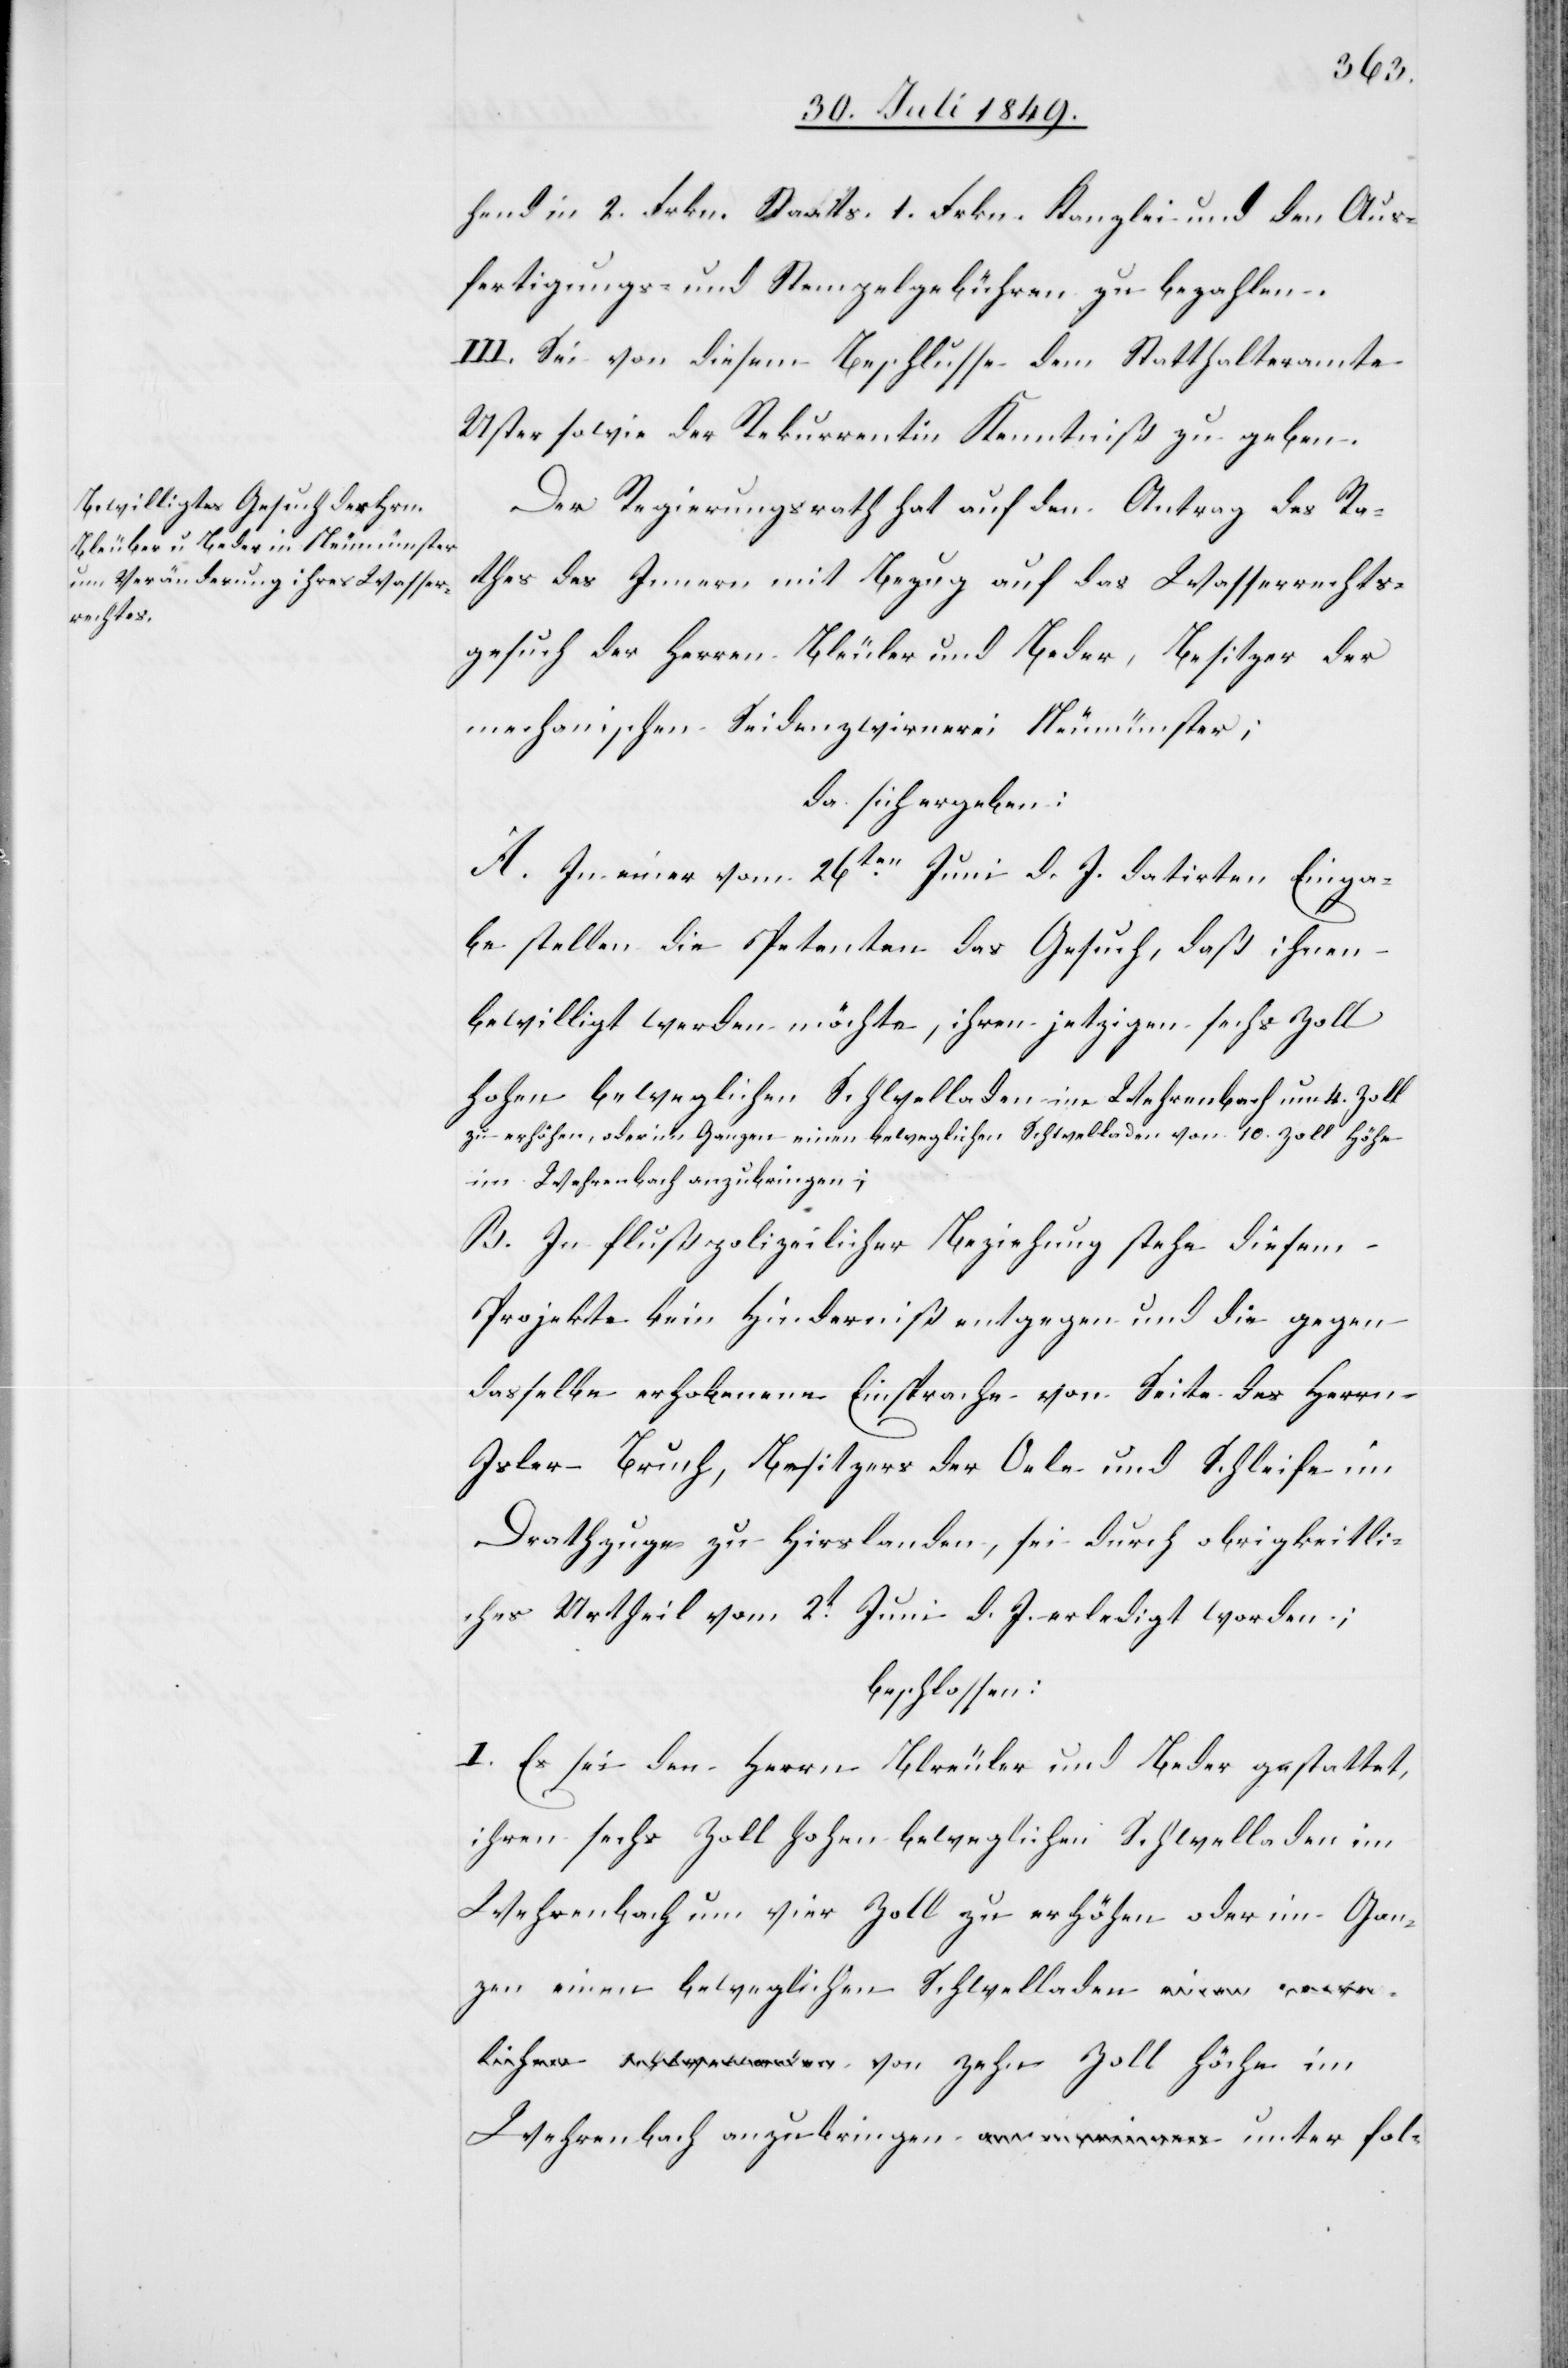
hend in 2. Frkn. Staats- 1. Frkn. Kanzlei und den Aus¬
fertigungs- und Stempelgebühren zu bezahlen.
III. Sei von diesem Beschlusse dem Statthalteramte
Uster sowie der Rekurrentin Kenntniß zu geben.
Der Regierungsrath hat auf den Antrag des Ra¬
thes des Innern mit Bezug auf das Wasserrechts¬
gesuch der Herren Bleuler [sic!] und Beder, Besitzer der
mechanischen Seidenzwirnerei Neumünster;
da sich ergeben:
A. In einer vom 26ten Juni d. J. datirten Einga¬
be stellen die Petenten das Gesuch, daß ihnen
bewilligt werden möchte, ihren jetzigen sechs Zoll
hohen beweglichen Schwelladen im Wehrenbach um 4. Zoll
zu erhöhen, oder im Ganzen einen beweglichen Schwelladen von 10. Zoll Höhe
im Wehrenbach anzubringen
B. In flußpolizeilicher Beziehung stehe diesem
Projekte beim Hinderniß entgegen und die gegen
dasselbe erhobene Einsprache von Seite des Herrn
Isler Bruch, Besitzer der Oele und Schleife im
Drathzuge zu Hirslanden, sei durch obrigkeitli¬
ches Urtheil vom 2t Juni d. J. erledigt worden;
beschlossen:
I. Es sei den Herrn Bleuler und Beder gestattet,
ihren sechs Zoll hohen beweglichen Schwelladen im
Wehrenbach um vier Zoll zu erhöhen oder im Gan¬
zen einen beweglichen Schwelladen von zehn